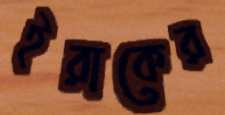
ইরাকের